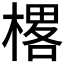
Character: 𰘜